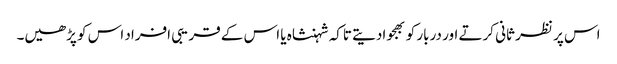
اس پر نظر ثانی کرتے اور دربار کو بھجوادیتے تاکہ شہنشاہ یا اس کے قریبی افراد اس کو پڑھیں۔